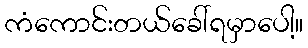
ကံကောင်းတယ်ခေါ်ရမှာပေါ့။